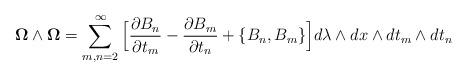
LaTeX: \begin{align*}{\bf\Omega}\wedge{\bf\Omega} = \sum_{m,n=2}^\infty\Big[{\partial{B}_n\over\partial t_m}-{\partial{B}_m\over\partial t_n}+\{{B}_n,{B}_m\}\Big] d\lambda \wedge dx \wedge d t_m \wedge d t_n\end{align*}